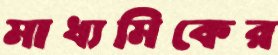
মাধ্যমিকের